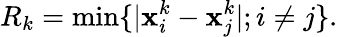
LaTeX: R_{k}=\operatorname*{min}\{ |{\mathbf x}_{i}^{k}-{\mathbf x}_{j}^{k}|;i\neq j\} .